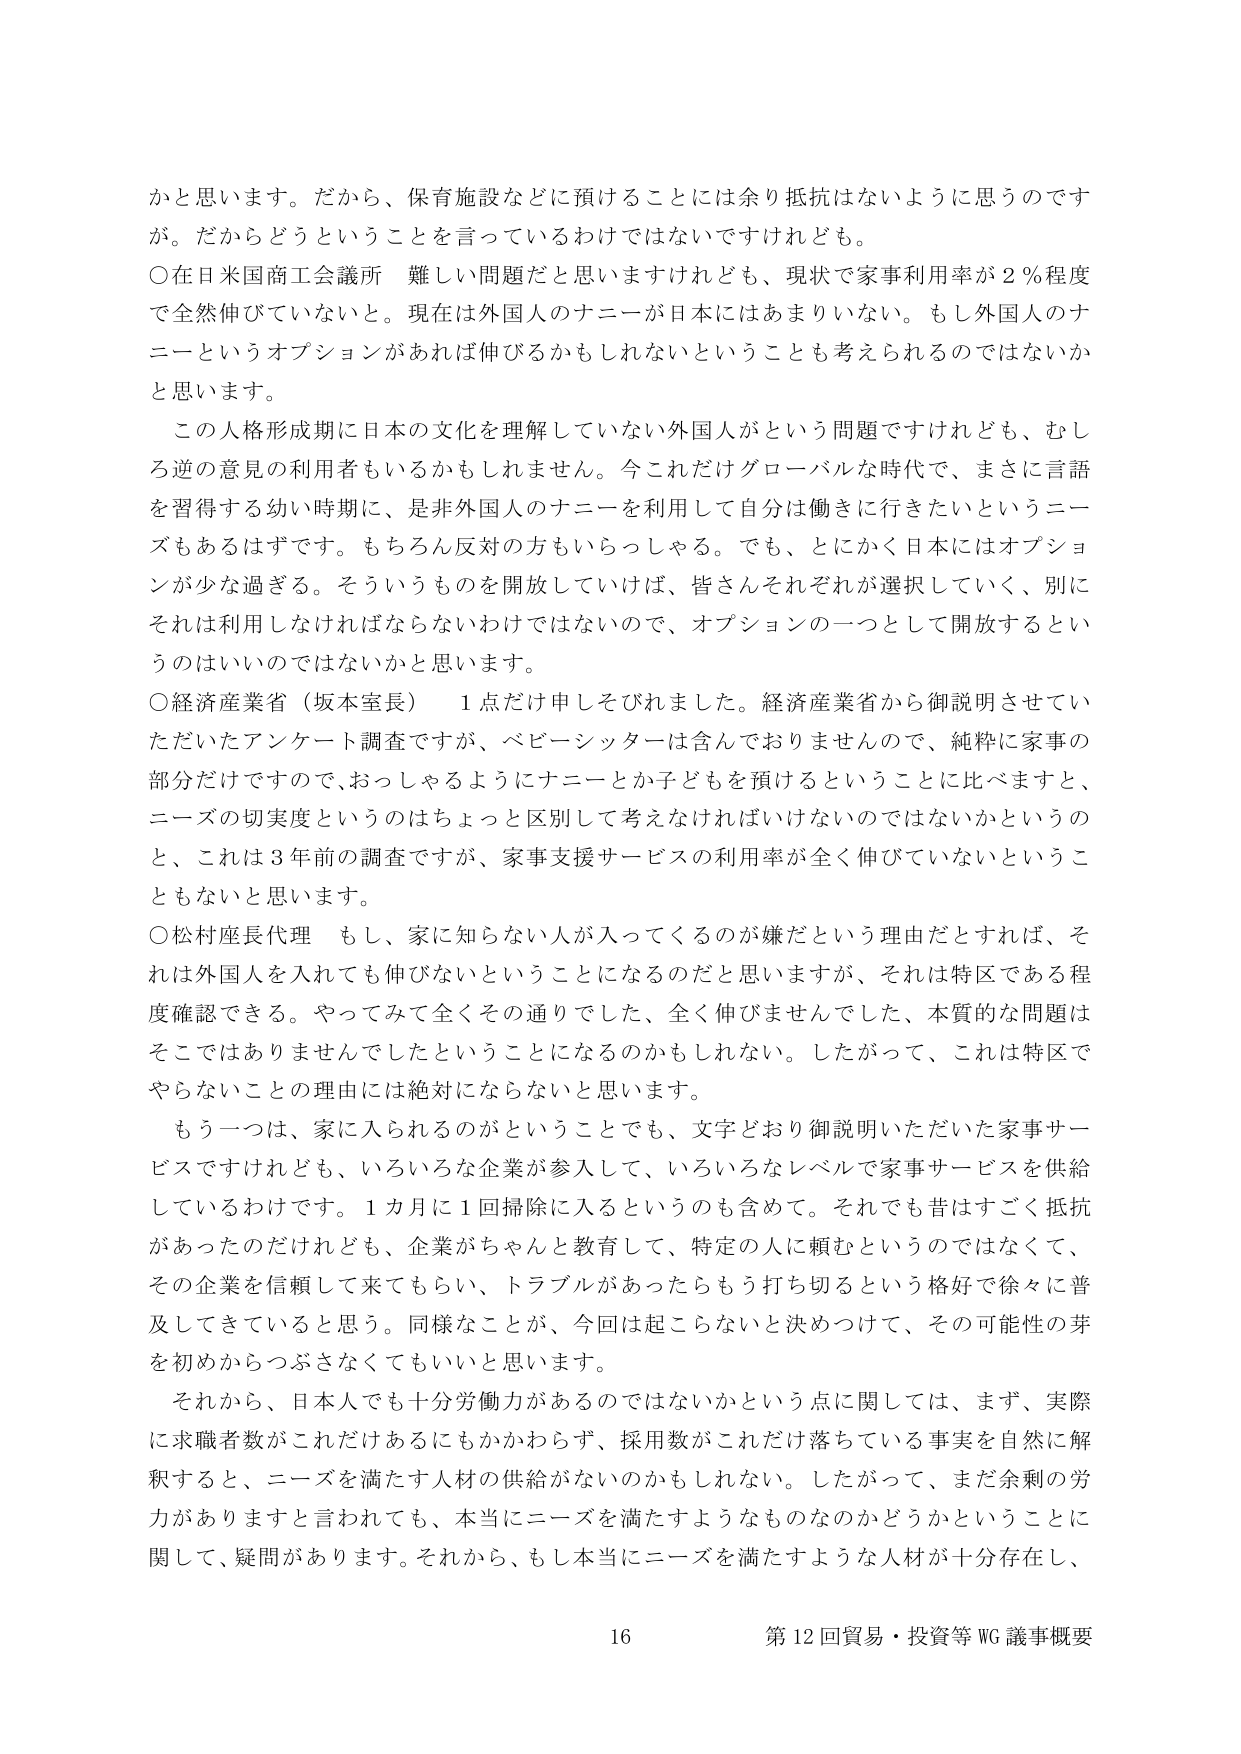
かと思います。だから、保育施設などに預けることには余り抵抗はないように思うのですが。だからどうということを言っているわけではないですけれども。

○在日米国商工会議所　難しい問題だと思いますけれども、現状で家事利用率が２％程度で全然伸びていないと。現在は外国人のナニーが日本にはあまりいない。もし外国人のナニーというオプションがあれば伸びるかもしれないということも考えられるのではないかと思います。

この人格形成期に日本の文化を理解していない外国人がという問題ですけれども、むしろ逆の意見の利用者もいるかもしれません。今これだけグローバルな時代で、まさに言語を習得する幼い時期に、是非外国人のナニーを利用して自分は働きに行きたいというニーズもあるはずです。もちろん反対の方もいらっしゃる。でも、とにかく日本にはオプションが少な過ぎる。そういうものを開放していけば、皆さんそれぞれが選択していく、別にそれは利用しなければならないわけではないので、オプションの一つとして開放するというのはいいのではないかと思います。

○経済産業省（坂本室長）　１点だけ申しそびれました。経済産業省から御説明させていただいたアンケート調査ですが、ベビーシッターは含んでおりませんので、純粋に家事の部分だけですので、おっしゃるようにナニーとか子どもを預けるということに比べますと、ニーズの切実度というのはちょっと区別して考えなければならないのではないかというのと、これは３年前の調査ですが、家事支援サービスの利用率が全く伸びていないということもないと思います。

○松村座長代理　もし、家に知らない人が入ってくるのが嫌だという理由だとすれば、それは外国人を入れても伸びないということになるのだと思いますが、それは特区である程度確認できる。やってみて全くその通りでした、全く伸びませんでした、本質的な問題はそこではありませんでしたということになるのかもしれない。したがって、これは特区でやらないことの理由には絶対にならないと思います。

もう一つは、家に入られるのがということでも、文字どおり御説明いただいた家事サービスですけれども、いろいろな企業が参入して、いろいろなレベルで家事サービスを供給しているわけです。１カ月に１回掃除に入るというのも含めて。それでも昔はすごく抵抗があったのだけれども、企業がちゃんと教育して、特定の人に頼むというのではなくて、その企業を信頼して来てもらい、トラブルがあったらもう打ち切るという格好で徐々に普及してきていると思う。同様なことが、今回は起こらないと決めつけて、その可能性の芽を初めからつぶさなくてもいいと思います。

それから、日本人でも十分労働力があるのではないかという点に関しては、まず、実際に求職者数がこれだけあるにもかかわらず、採用数がこれだけ落ちている事実を自然に解釈すると、ニーズを満たす人材の供給がないのかもしれない。したがって、まだ余剰の労力がありますと言われても、本当にニーズを満たすようなものなのかどうかということに関して、疑問があります。それから、もし本当にニーズを満たすような人材が十分存在し、

16 第12回貿易・投資等WG議事概要